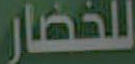
للخضار